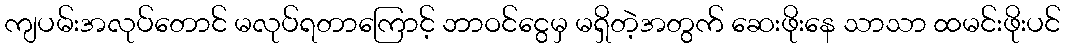
ကျပမ်းအလုပ်တောင် မလုပ်ရတာကြောင့် ဘာဝင်ငွေမှ မရှိတဲ့အတွက် ဆေးဖိုးနေ သာသာ ထမင်းဖိုးပင်